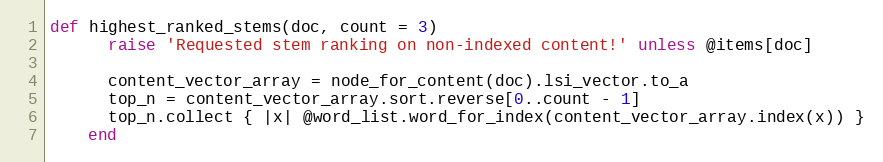
Language: Ruby
def highest_ranked_stems(doc, count = 3)
      raise 'Requested stem ranking on non-indexed content!' unless @items[doc]

      content_vector_array = node_for_content(doc).lsi_vector.to_a
      top_n = content_vector_array.sort.reverse[0..count - 1]
      top_n.collect { |x| @word_list.word_for_index(content_vector_array.index(x)) }
    end